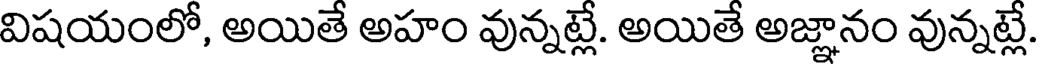
విషయంలో, అయితే అహం వున్నట్లే. అయితే అజ్ఞానం వున్నట్లే